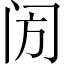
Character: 𨸂